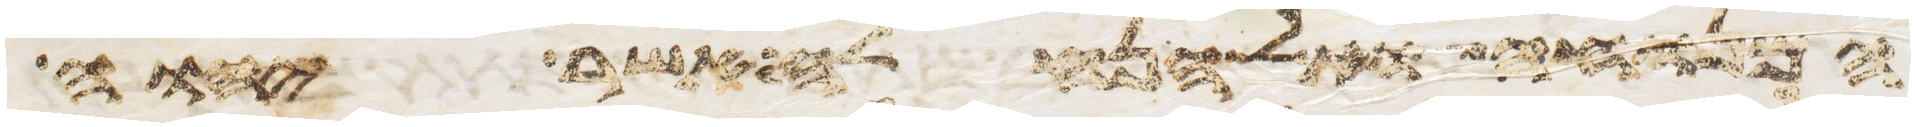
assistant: המנוחה ואל הנחלה אשר יהוה